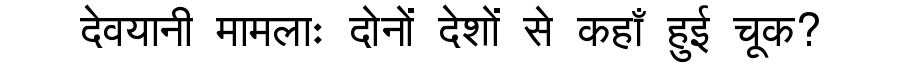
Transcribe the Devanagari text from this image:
देवयानी मामलाः दोनों देशों से कहाँ हुई चूक?